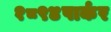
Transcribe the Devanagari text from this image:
१८९४पार्कर